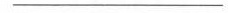
___